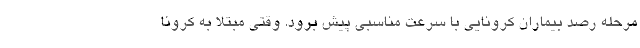
مرحله رصد بیماران کرونایی با سرعت مناسبی پیش برود. وقتی مبتلا به کرونا